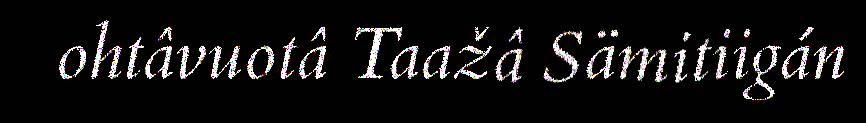
ohtâvuotâ Taažâ Sämitiigán